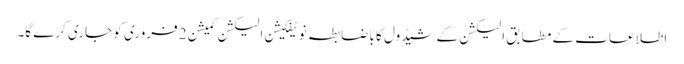
اطلاعات کے مطابق الیکشن کے شیڈول کا باضابطہ نوٹیفکیشن الیکشن کمیشن 2 فروری کو جاری کرے گا۔